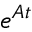
e ^ { \b { A } t }